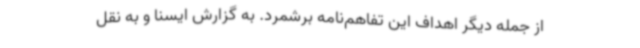
از جمله دیگر اهداف این تفاهم‌نامه برشمرد. به گزارش ایسنا و به نقل